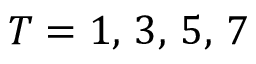
T = 1 , \, 3 , \, 5 , \, 7